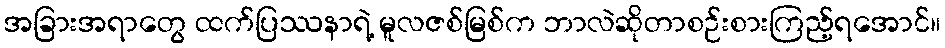
အခြားအရာတွေ ထက်ပြဿနာရဲ့ မူလဇစ်မြစ်က ဘာလဲဆိုတာစဉ်းစားကြည့်ရအောင်။